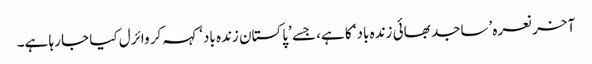
آخر نعرہ ’ساجد بھائی زندہ باد‘ کا ہے، جسے ’پاکستان زندہ باد‘ کہہ کر وائرل کیا جا رہا ہے۔